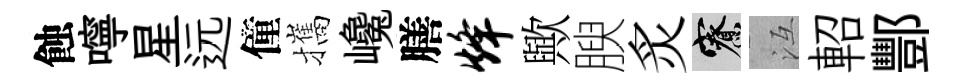
蝕嚀星远僮攜巉膳烽歟腴炙寮冱軺酆